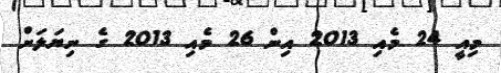
މިއީ 24 މެއި 2013 އިން 26 މެއި 2013 ގެ ނިޔަލަށް